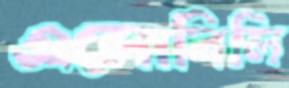
এলোবিলি